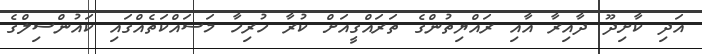
އަދި ކާށިދޫ ދާއިރާ އާއި ރައްޔިތުންގެ ތަރައްގީއަށް ކުރާ ހުރިހާ މަސައްކަތެއްގައި ކައުންސިލްގެ